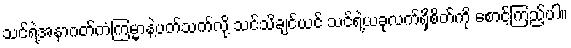
သင်ရဲ့အနာဂတ်ကံကြမ္မာနဲ့ပတ်သက်လို့ သင်သိချင်ယင် သင်ရဲ့ယခုလက်ရှိစိတ်ကို စောင့်ကြည့်ပါ။